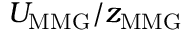
U _ { \mathrm { M M G } } / z _ { \mathrm { M M G } }